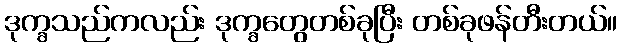
ဒုက္ခသည်ကလည်း ဒုက္ခတွေတစ်ခုပြီး တစ်ခုဖန်တီးတယ်။